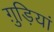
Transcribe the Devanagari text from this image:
ग़ुड़ियां